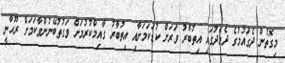
މިގޮތުން ދެގައުމުގެ ދެމެދުގައި އިތުބާރު ވަރަށް ކުޑަކަމަށާއި އިތުބާރު ގާއިމްކުރުމަށް ވަގުތުބޭނުންވާކަމަށް ރޫޙާނީ